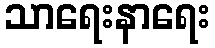
သာရေးနာရေး